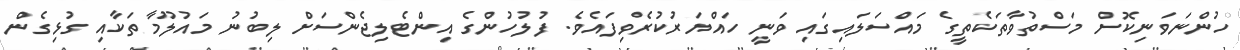
ހުންނަވަނިކޮށް މަސްތުވާތަކެތީގެ މައްސަލައިގައި ވަނީ ހައްޔަރުކުރެވިފައެވެ. ފުލުހުންގެ އިންޓެލިޖެންސަށް ލިބުނު މައުލޫމާތަކާއި ގުޅިގެން